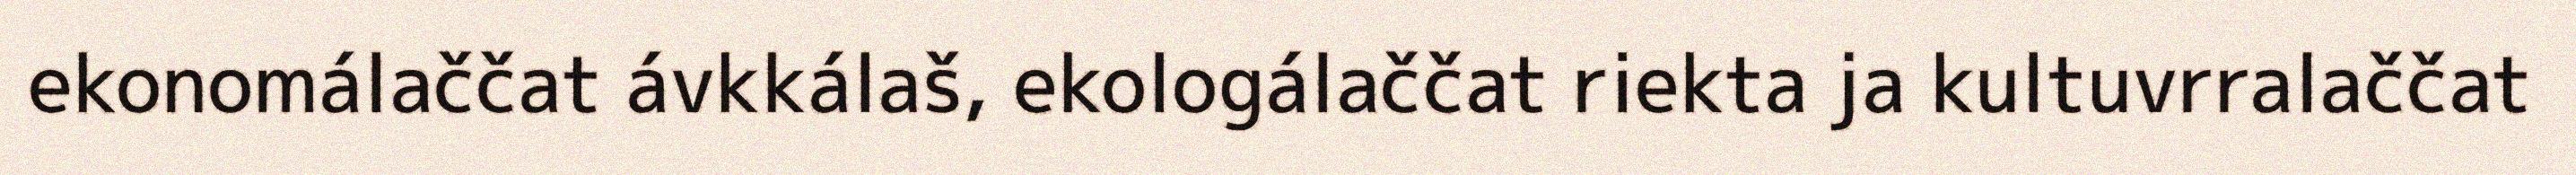
ekonomálaččat ávkkálaš, ekologálaččat riekta ja kultuvrralaččat